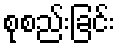
စုစည်းခြင်း